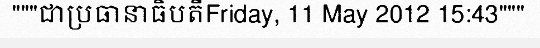
"""ជាប្រធានាធិបតីFriday, 11 May 2012 15:43"""